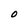
Character: O